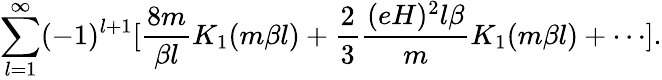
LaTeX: \sum_{l=1}^{\infty}(-1)^{l+1}[\frac{8m}{\beta l}K_{1}(m\beta l)+\frac{2}{3}\frac{(eH)^{2}l\beta}{m}K_{1}(m\beta l)+\cdots].